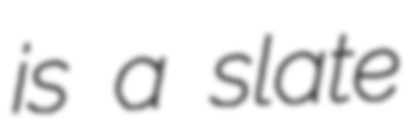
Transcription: is a slate